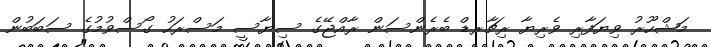
މަޝްހޫރު ވިޔަފާރި ވެރިޔާ ރިޗާރޑް ބެރެންސަން ރާއްޖޭގެ ސިޔާސީ މަސްރަހު ގޯސްވުމުގެ ސަބަބުން